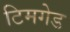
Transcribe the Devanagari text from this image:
टिमगेड